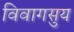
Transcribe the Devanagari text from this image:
विवागसुय